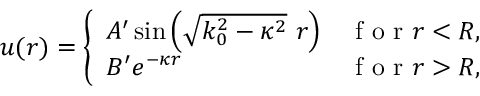
u ( r ) = \left\{ \begin{array} { l l } { A ^ { \prime } \sin \left( \sqrt { k _ { 0 } ^ { 2 } - \kappa ^ { 2 } } \ r \right) } & { \mathrm { ~ f ~ o ~ r ~ } r < R , } \\ { B ^ { \prime } e ^ { - \kappa r } } & { \mathrm { ~ f ~ o ~ r ~ } r > R , } \end{array} \right.